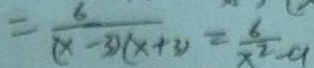
= \frac { 6 } { ( x - 3 ) ( x + 3 ) } = \frac { 6 } { x ^ { 2 } - 9 }